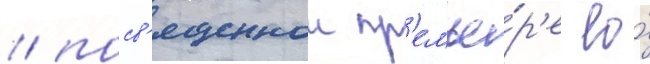
/ посв'ященнои пр'емье́р'е ео́